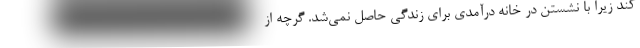
كند زيرا با نشستن در خانه درآمدي براي زندگي حاصل نمي‌شد. گرچه از